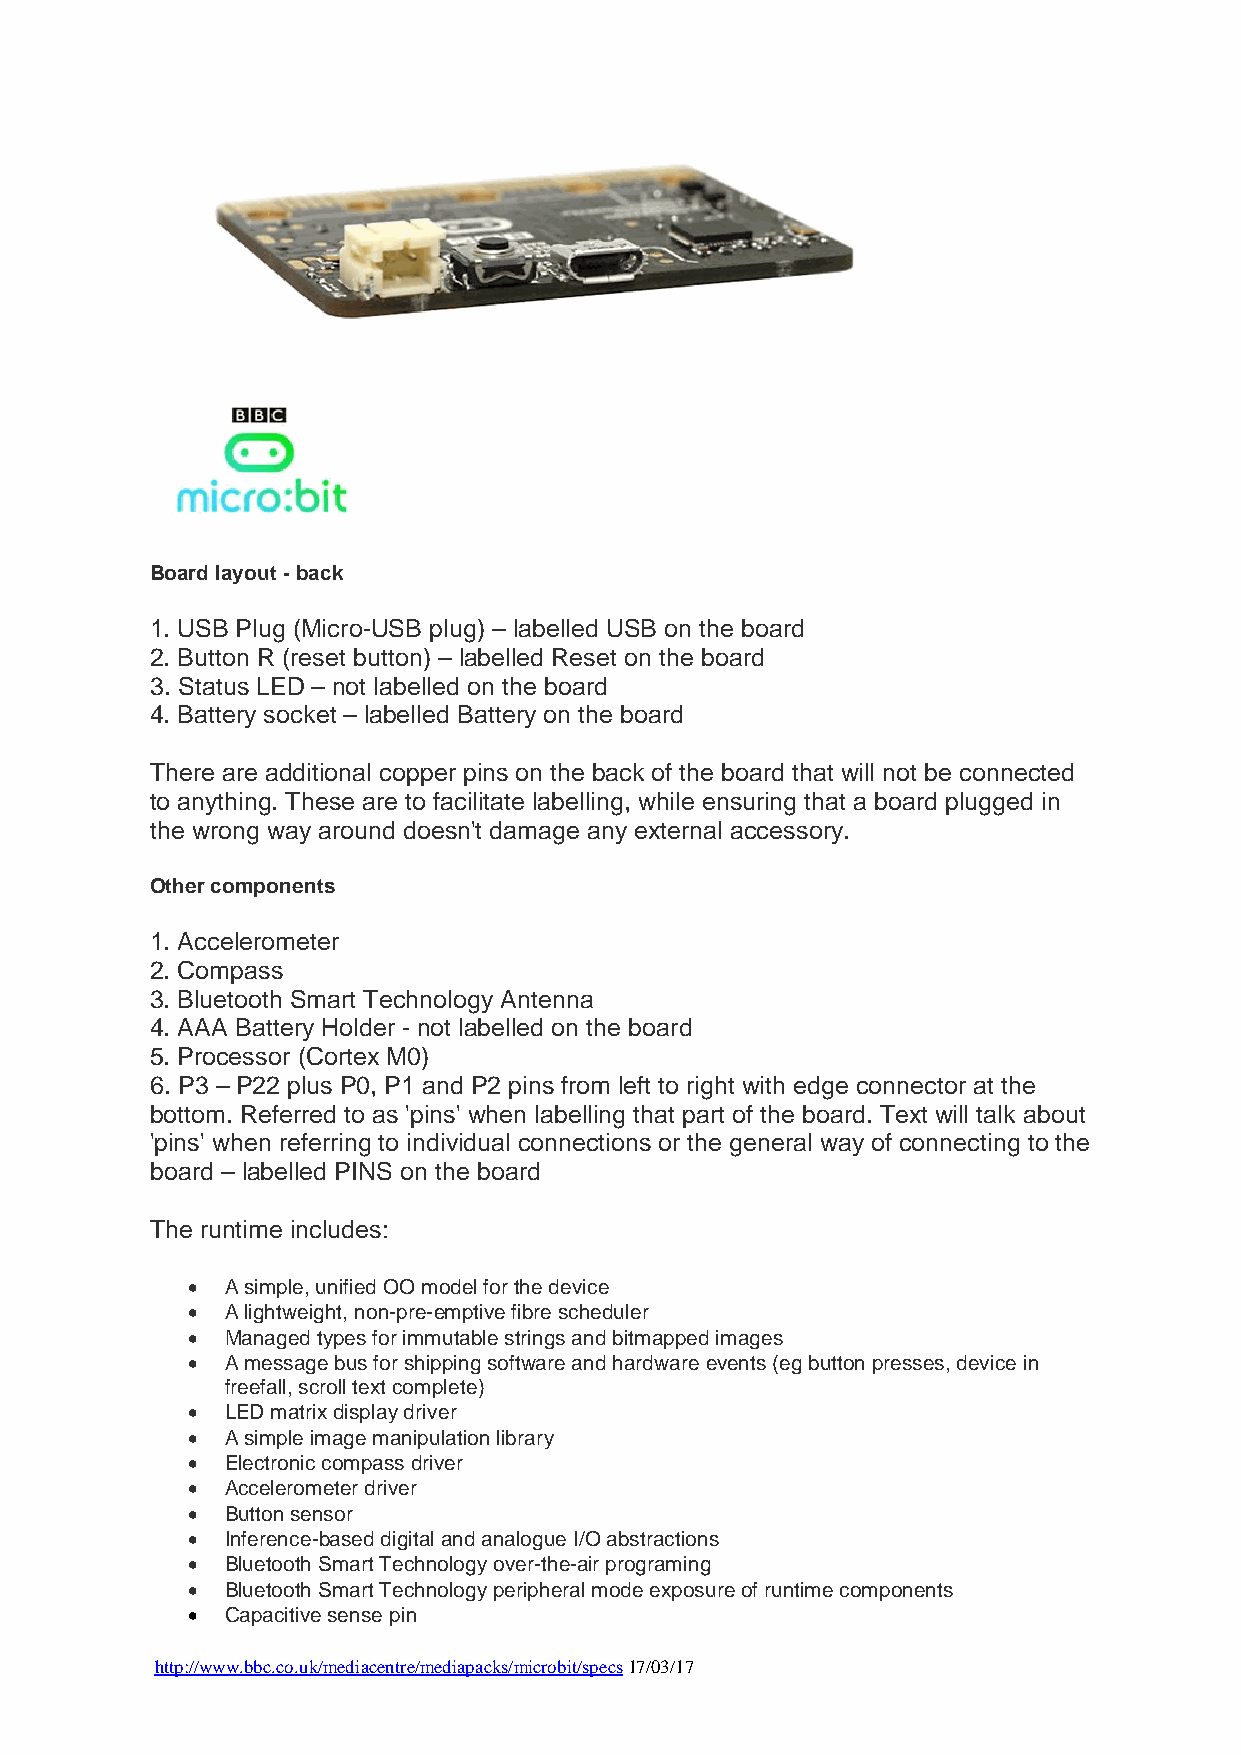
Board layout - back
 1. USB Plug (Micro-USB plug) – labelled USB on the board
 2. Button R (reset button) – labelled Reset on the board
 3. Status LED – not labelled on the board
 4. Battery socket – labelled Battery on the board
 There are additional copper pins on the back of the board that will not be connected
 to anything. These are to facilitate labelling, while ensuring that a board plugged in
 the wrong way around doesn't damage any external accessory.
 Other components
 1. Accelerometer
 2. Compass
 3. Bluetooth Smart Technology Antenna
 4. AAA Battery Holder - not labelled on the board
 5. Processor (Cortex M0)
 6. P3 – P22 plus P0, P1 and P2 pins from left to right with edge connector at the
 bottom. Referred to as 'pins' when labelling that part of the board. Text will talk about
 'pins' when referring to individual connections or the general way of connecting to the
 board – labelled PINS on the board
 The runtime includes:
 •  A simple, unified OO model for the device
 •  A lightweight, non-pre-emptive fibre scheduler
 •  Managed types for immutable strings and bitmapped images
 •  A message bus for shipping software and hardware events (eg button presses, device in
 freefall, scroll text complete)
 •  LED matrix display driver
 •  A simple image manipulation library
 •  Electronic compass driver
 •  Accelerometer driver
 •  Button sensor
 •  Inference-based digital and analogue I/O abstractions
 •  Bluetooth Smart Technology over-the-air programing
 •  Bluetooth Smart Technology peripheral mode exposure of runtime components
 •  Capacitive sense pin
 http://www.bbc.co.uk/mediacentre/mediapacks/microbit/specs 17/03/17